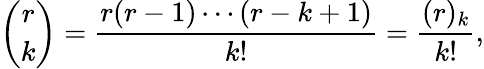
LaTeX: {\binom{r}{k}}={\frac{r(r-1)\cdots(r-k+1)}{k!}}={\frac{(r)_{k}}{k!}},